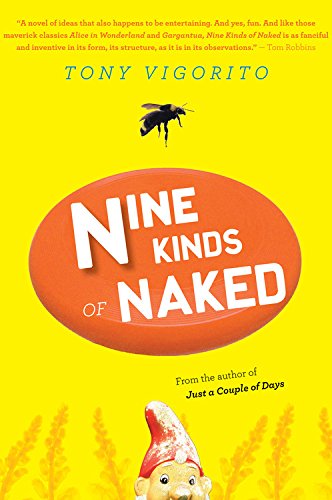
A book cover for Nine Kinds of Naked; Tony Vigorito; Literature & Fiction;